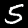
Label: 5